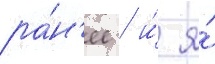
ра́н'ее / и́ я́